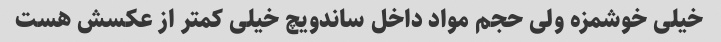
خیلی خوشمزه ولی حجم مواد داخل ساندویچ خیلی کمتر از عکسش هست